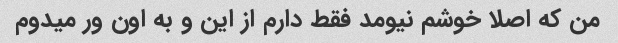
من که اصلا خوشم نیومد فقط دارم از این و به اون ور میدوم